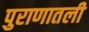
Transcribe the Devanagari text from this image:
पुराणातली